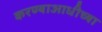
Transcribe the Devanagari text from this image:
करण्याआधीच्या